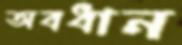
অবধান